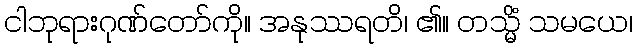
ငါဘုရားဂုဏ်တော်ကို။ အနုဿရတိ၊ ၏။ တသ္မိံ သမယေ၊